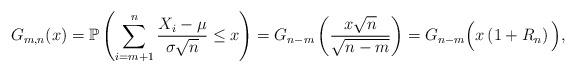
LaTeX: \begin{align*}G_{m, n}(x)=\mathbb{P}\left(\sum_{i=m+1}^{n} \frac{X_{i}-\mu}{\sigma \sqrt{n}} \leq x\right) =G_{n-m}\left(\frac{x \sqrt{n}}{\sqrt{n-m}}\right)=G_{n-m}\Big(x\left(1+R_{n}\right)\Big),\end{align*}